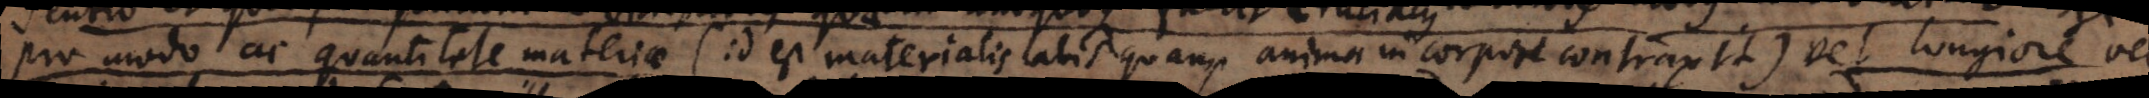
pro modo ac quantitate materiae (id est materialis labis quam anima in corpore contraxit) vel longiore vel